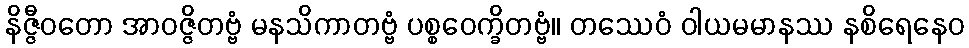
နိဇ္ဇီဝတော အာဝဇ္ဇိတဗ္ဗံ မနသိကာတဗ္ဗံ ပစ္စဝေက္ခိတဗ္ဗံ။ တဿေဝံ ဝါယမမာနဿ နစိရေနေဝ